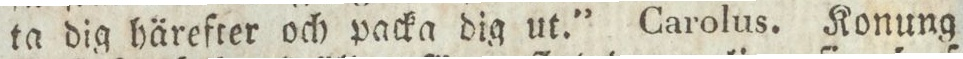
ta dig härefter och packa dig ut.” Carolus. Konung